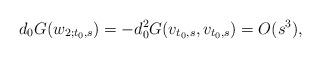
LaTeX: \begin{align*} d_0 G( w_{2;t_0,s})= - d_0 ^2G (v_{t_0,s}, v_{t_0,s}) = O (s^3),\end{align*}